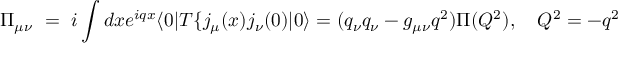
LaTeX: \Pi _ { \mu \nu } ~ = ~ i \int { d x e ^ { i q x } \langle 0 | T \{ j _ { \mu } ( x ) j _ { \nu } ( 0 ) | 0 \rangle } = ( q _ { \nu } q _ { \nu } - g _ { \mu \nu } q ^ { 2 } ) \Pi ( Q ^ { 2 } ) , ~ ~ ~ Q ^ { 2 } = - q ^ { 2 }